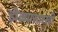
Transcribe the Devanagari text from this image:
डोळ्यासारखी